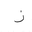
Letter: _zay